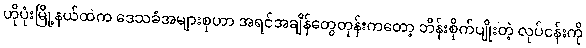
ဟိုပုံးမြို့နယ်ထဲက ဒေသခံအများစုဟာ အရင်အချိန်တွေတုန်းကတော့ ဘိန်းစိုက်ပျိုးတဲ့ လုပ်ငန်းကို